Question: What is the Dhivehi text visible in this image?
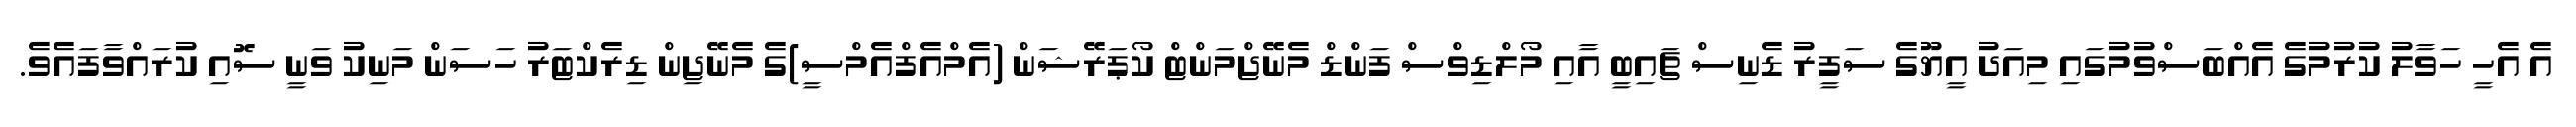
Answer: އެ އެހީ ހަވާލު ކުރުމުގެ އެއްބަސްވުމުގައި މިއަދު އީޔޫގެ ސަފީރު ޑެނިސް ޗައިބީ އާއި މޯލްޑިވްސް ފަންޑް މެނޭޖްމަންޓް ކޯޕަރޭޝަން (އެމްއެފްއެމްސީ)ގެ މެނޭޖިން ޑިރެކްޓަރު ހަސަން މަނިކު ވަނީ ސޮއި ކުރައްވާފައެވެ.